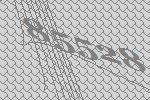
85528